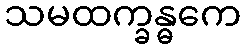
သမထက္ခန္ဓကေ